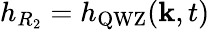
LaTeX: h_{R_{2}}=h_{\mathrm{QWZ}}(\mathbf{k},t)